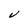
Character: V